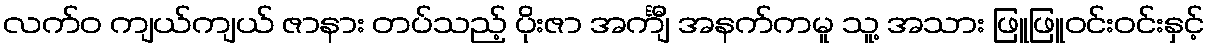
လက်ဝ ကျယ်ကျယ် ဇာနား တပ်သည့် ပိုးဇာ အင်္ကျီ အနက်ကမူ သူ့ အသား ဖြူဖြူဝင်းဝင်းနှင့်